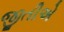
જીતીએ